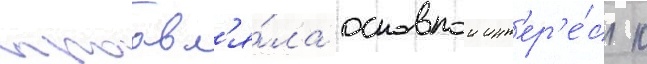
проавл'я́ла основнои инт'ер'е́с к